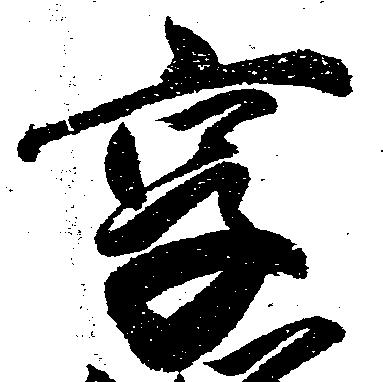
享